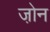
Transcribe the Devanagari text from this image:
जो़न